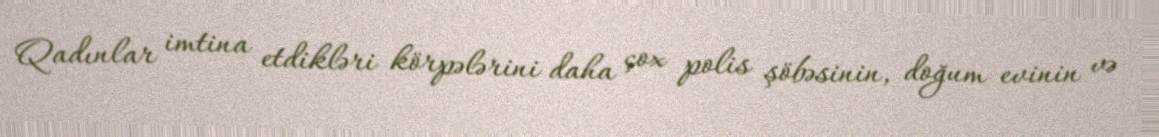
Qadınlar imtina etdikləri körpələrini daha çox polis şöbəsinin, doğum evinin və